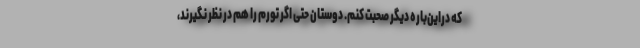
که دراین‌باره دیگر صحبت کنم. دوستان حتی اگر تورم را هم در نظر نگیرند،